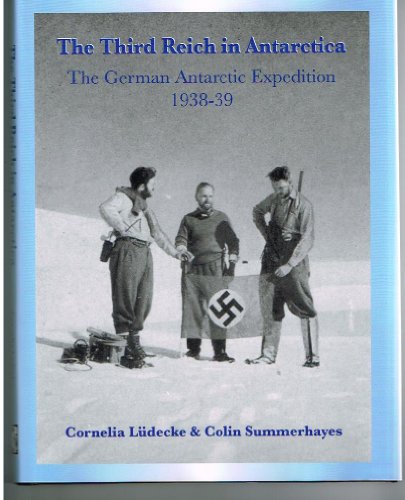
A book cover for The Third Reich in Antarctica: The German Antarctic Expedition 1938-39; Cornelia Ludecke; Travel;